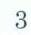
3